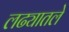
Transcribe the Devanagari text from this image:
लढ्यातले